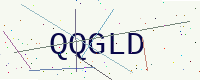
Text: QQGLD